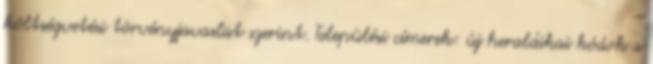
költségvetési törvényjavaslat szerint. Települési címerek: új heraldikai kódok a